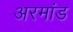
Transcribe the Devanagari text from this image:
अरमांड